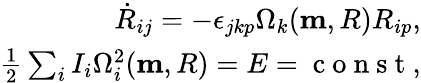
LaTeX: \begin{array}{r}{\dot{R}_{ij}=-\epsilon_{jkp}\Omega_{k}({\mathbf m,R})R_{ip},}\\ {\frac 12\sum_{i}I_{i}\Omega_{i}^{2}({\mathbf m,R})=E=\mathrm{~c~o~n~s~t~},}\end{array}